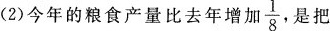
(2)今年的粮食产量比去年增加 $$\ f r a c { 1 } { 8 }$$ 是把